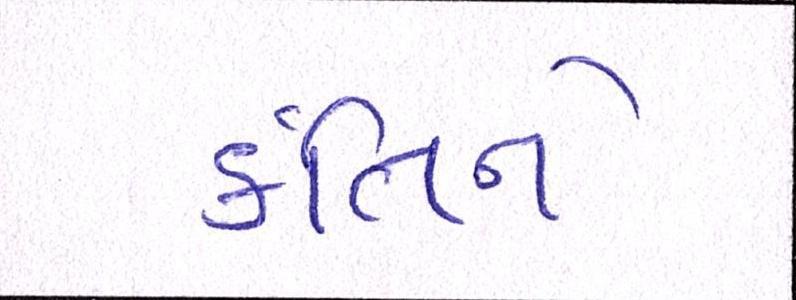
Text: ર્કતિને